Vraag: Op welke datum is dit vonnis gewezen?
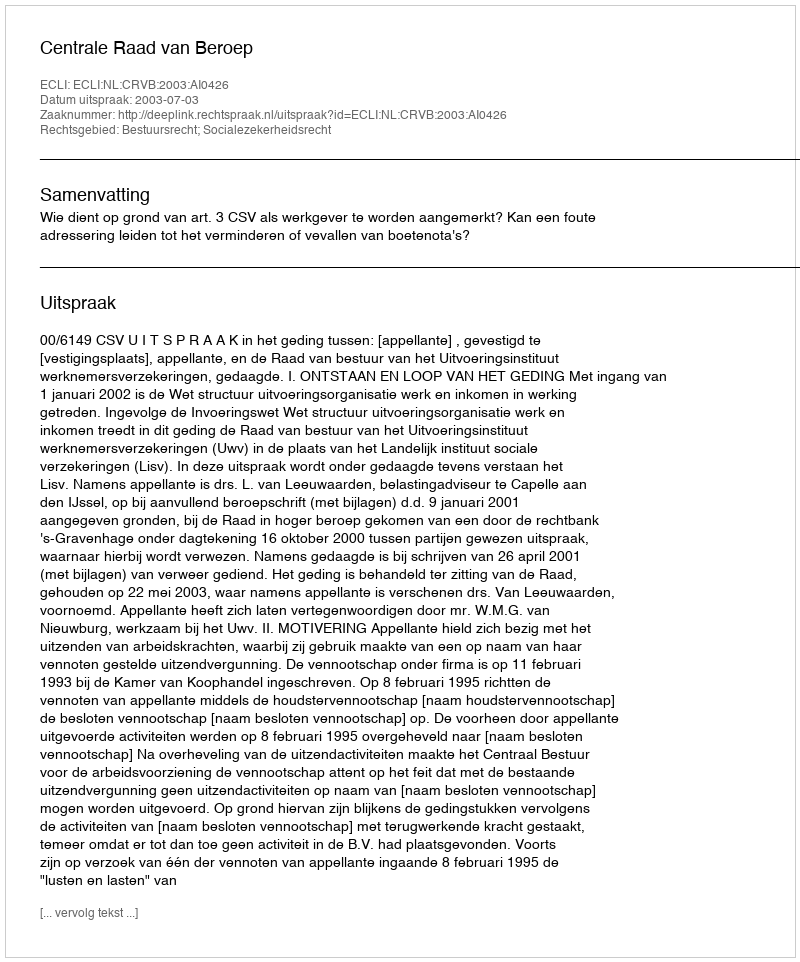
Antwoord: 2003-07-03